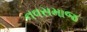
નવસમાજ